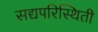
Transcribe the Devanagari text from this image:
सद्यपरिस्थिती